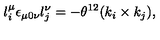
l _ { i } ^ { \mu } \epsilon _ { \mu 0 \nu } l _ { j } ^ { \nu } = - \theta ^ { 1 2 } ( k _ { i } \times k _ { j } ) ,